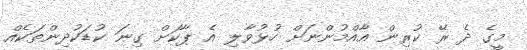
މީގެ ދެ ރޭ ކުރިން އާއްމުންނަށް ހުޅުވާލި އެ ޕާކަށް ގިނަ ކުޑަކުދިންތަކެއް